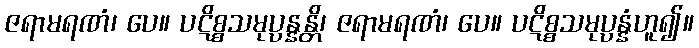
ဇရာမရဏံ၊ ပေ။ ပဋိစ္စသမုပ္ပန္နန္တိ၊ ဇရာမရဏံ၊ ပေ။ ပဋိစ္စသမုပ္ပန္နံဟူ၍။